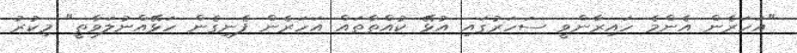
"އަހަރެން އެންމެ ހައިރާންވީ ސަހަރުގައި އުޅޭ ކުއްތާތައް އަހަރެން ފެނިގެން ހަޅޭއްނުލަވާތީ" މިކުރު